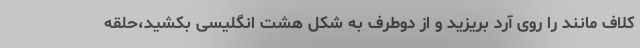
کلاف مانند را روی آرد بریزید و از دوطرف به شکل هشت انگلیسی بکشید،حلقه